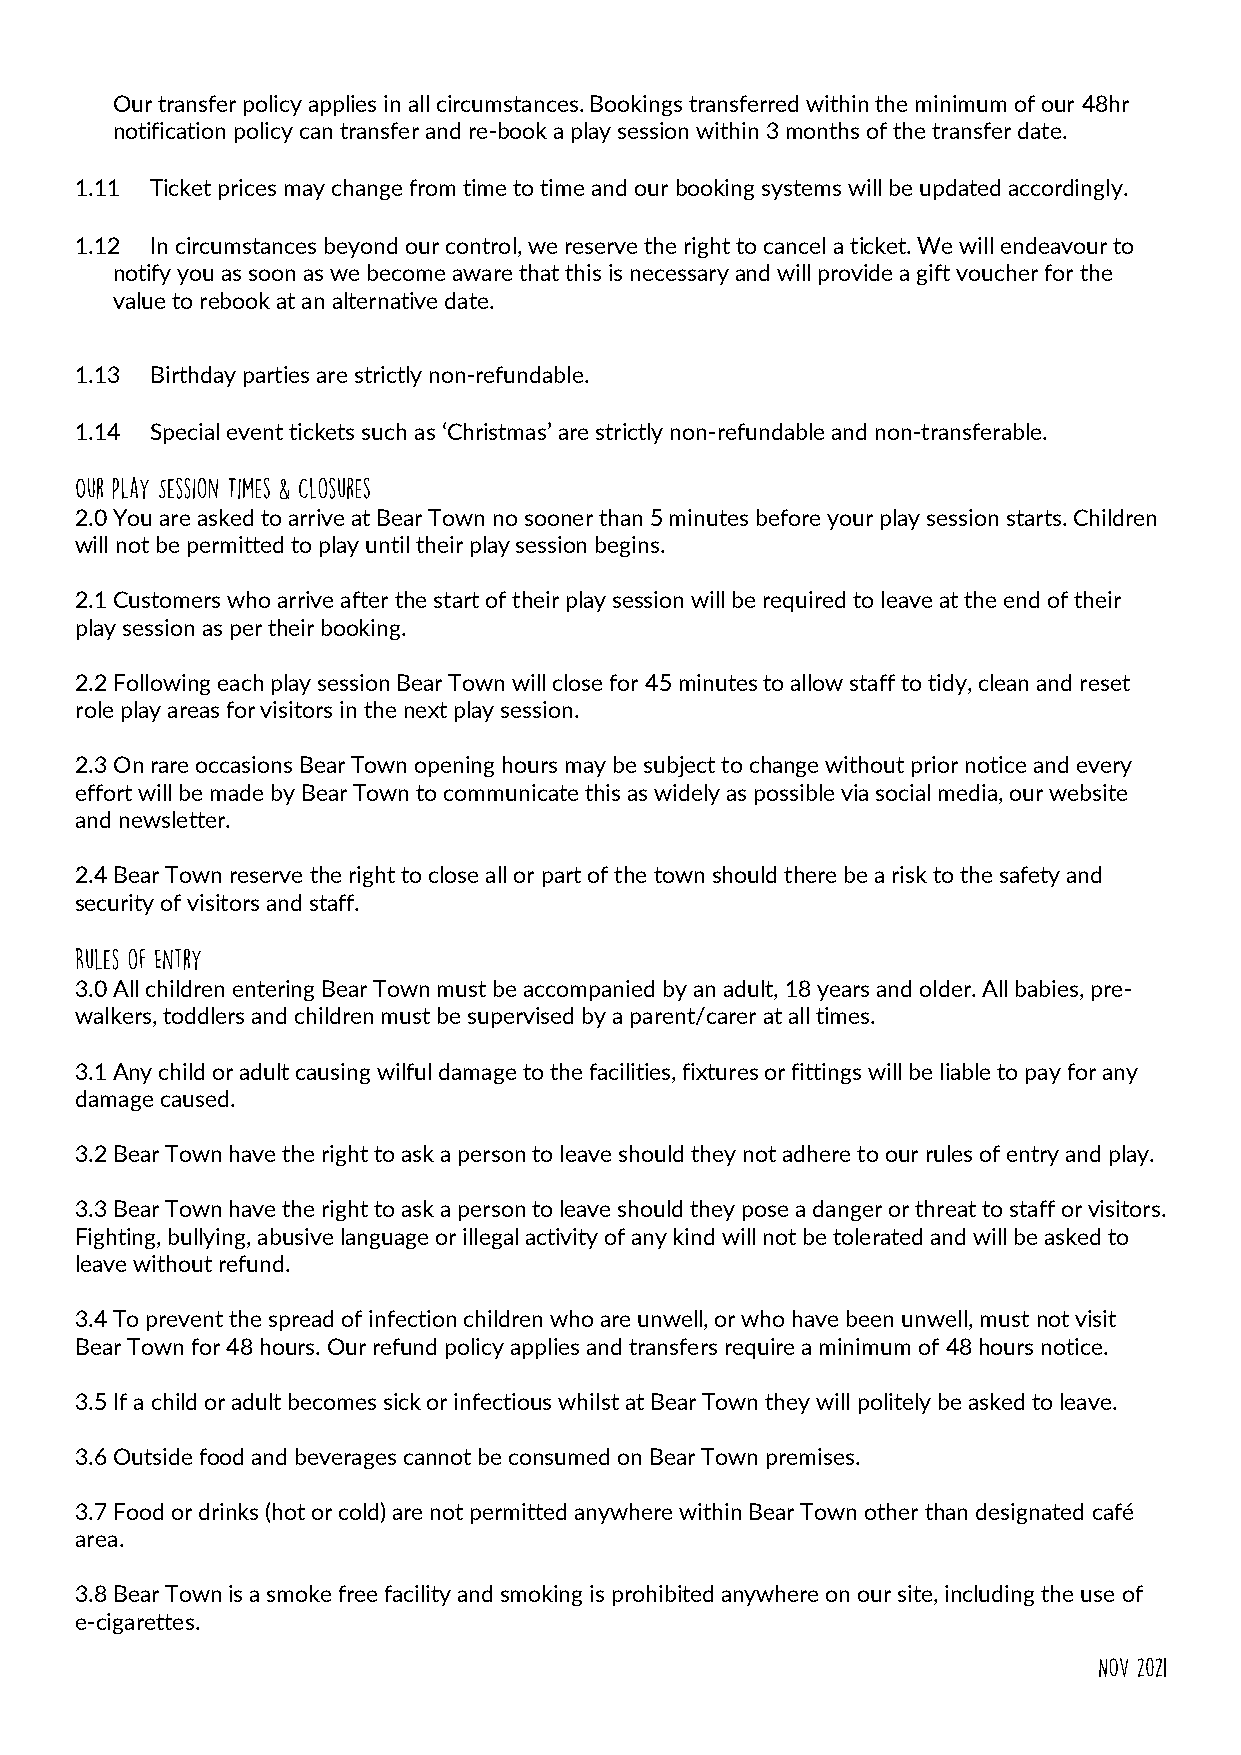
Our transfer policy applies in all circumstances. Bookings transferred within the minimum of our 48hr
 notification policy can transfer and re-book a play session within 3 months of the transfer date.
 1.11 Ticket prices may change from time to time and our booking systems will be updated accordingly.
 1.12 In circumstances beyond our control, we reserve the right to cancel a ticket. We will endeavour to
 notify you as soon as we become aware that this is necessary and will provide a gift voucher for the
 value to rebook at an alternative date.
 1.13 Birthday parties are strictly non-refundable.
 1.14 Special event tickets such as ‘Christmas’ are strictly non-refundable and non-transferable.
 2.0 You are asked to arrive at Bear Town no sooner than 5 minutes before your play session starts. Children
 will not be permitted to play until their play session begins.
 2.1 Customers who arrive after the start of their play session will be required to leave at the end of their
 play session as per their booking.
 2.2 Following each play session Bear Town will close for 45 minutes to allow staff to tidy, clean and reset
 role play areas for visitors in the next play session.
 2.3 On rare occasions Bear Town opening hours may be subject to change without prior notice and every
 effort will be made by Bear Town to communicate this as widely as possible via social media, our website
 and newsletter.
 2.4 Bear Town reserve the right to close all or part of the town should there be a risk to the safety and
 security of visitors and staff.
 3.0 All children entering Bear Town must be accompanied by an adult, 18 years and older. All babies, pre-
 walkers, toddlers and children must be supervised by a parent/carer at all times.
 3.1 Any child or adult causing wilful damage to the facilities, fixtures or fittings will be liable to pay for any
 damage caused.
 3.2 Bear Town have the right to ask a person to leave should they not adhere to our rules of entry and play.
 3.3 Bear Town have the right to ask a person to leave should they pose a danger or threat to staff or visitors.
 Fighting, bullying, abusive language or illegal activity of any kind will not be tolerated and will be asked to
 leave without refund.
 3.4 To prevent the spread of infection children who are unwell, or who have been unwell, must not visit
 Bear Town for 48 hours. Our refund policy applies and transfers require a minimum of 48 hours notice.
 3.5 If a child or adult becomes sick or infectious whilst at Bear Town they will politely be asked to leave.
 3.6 Outside food and beverages cannot be consumed on Bear Town premises.
 3.7 Food or drinks (hot or cold) are not permitted anywhere within Bear Town other than designated café
 area.
 3.8 Bear Town is a smoke free facility and smoking is prohibited anywhere on our site, including the use of
 e-cigarettes.